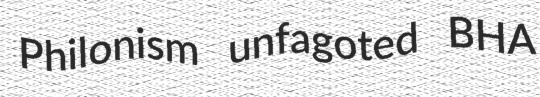
Philonism unfagoted BHA